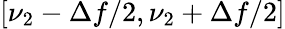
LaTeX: [\nu_{2}-\Delta f/2,\nu_{2}+\Delta f/2]